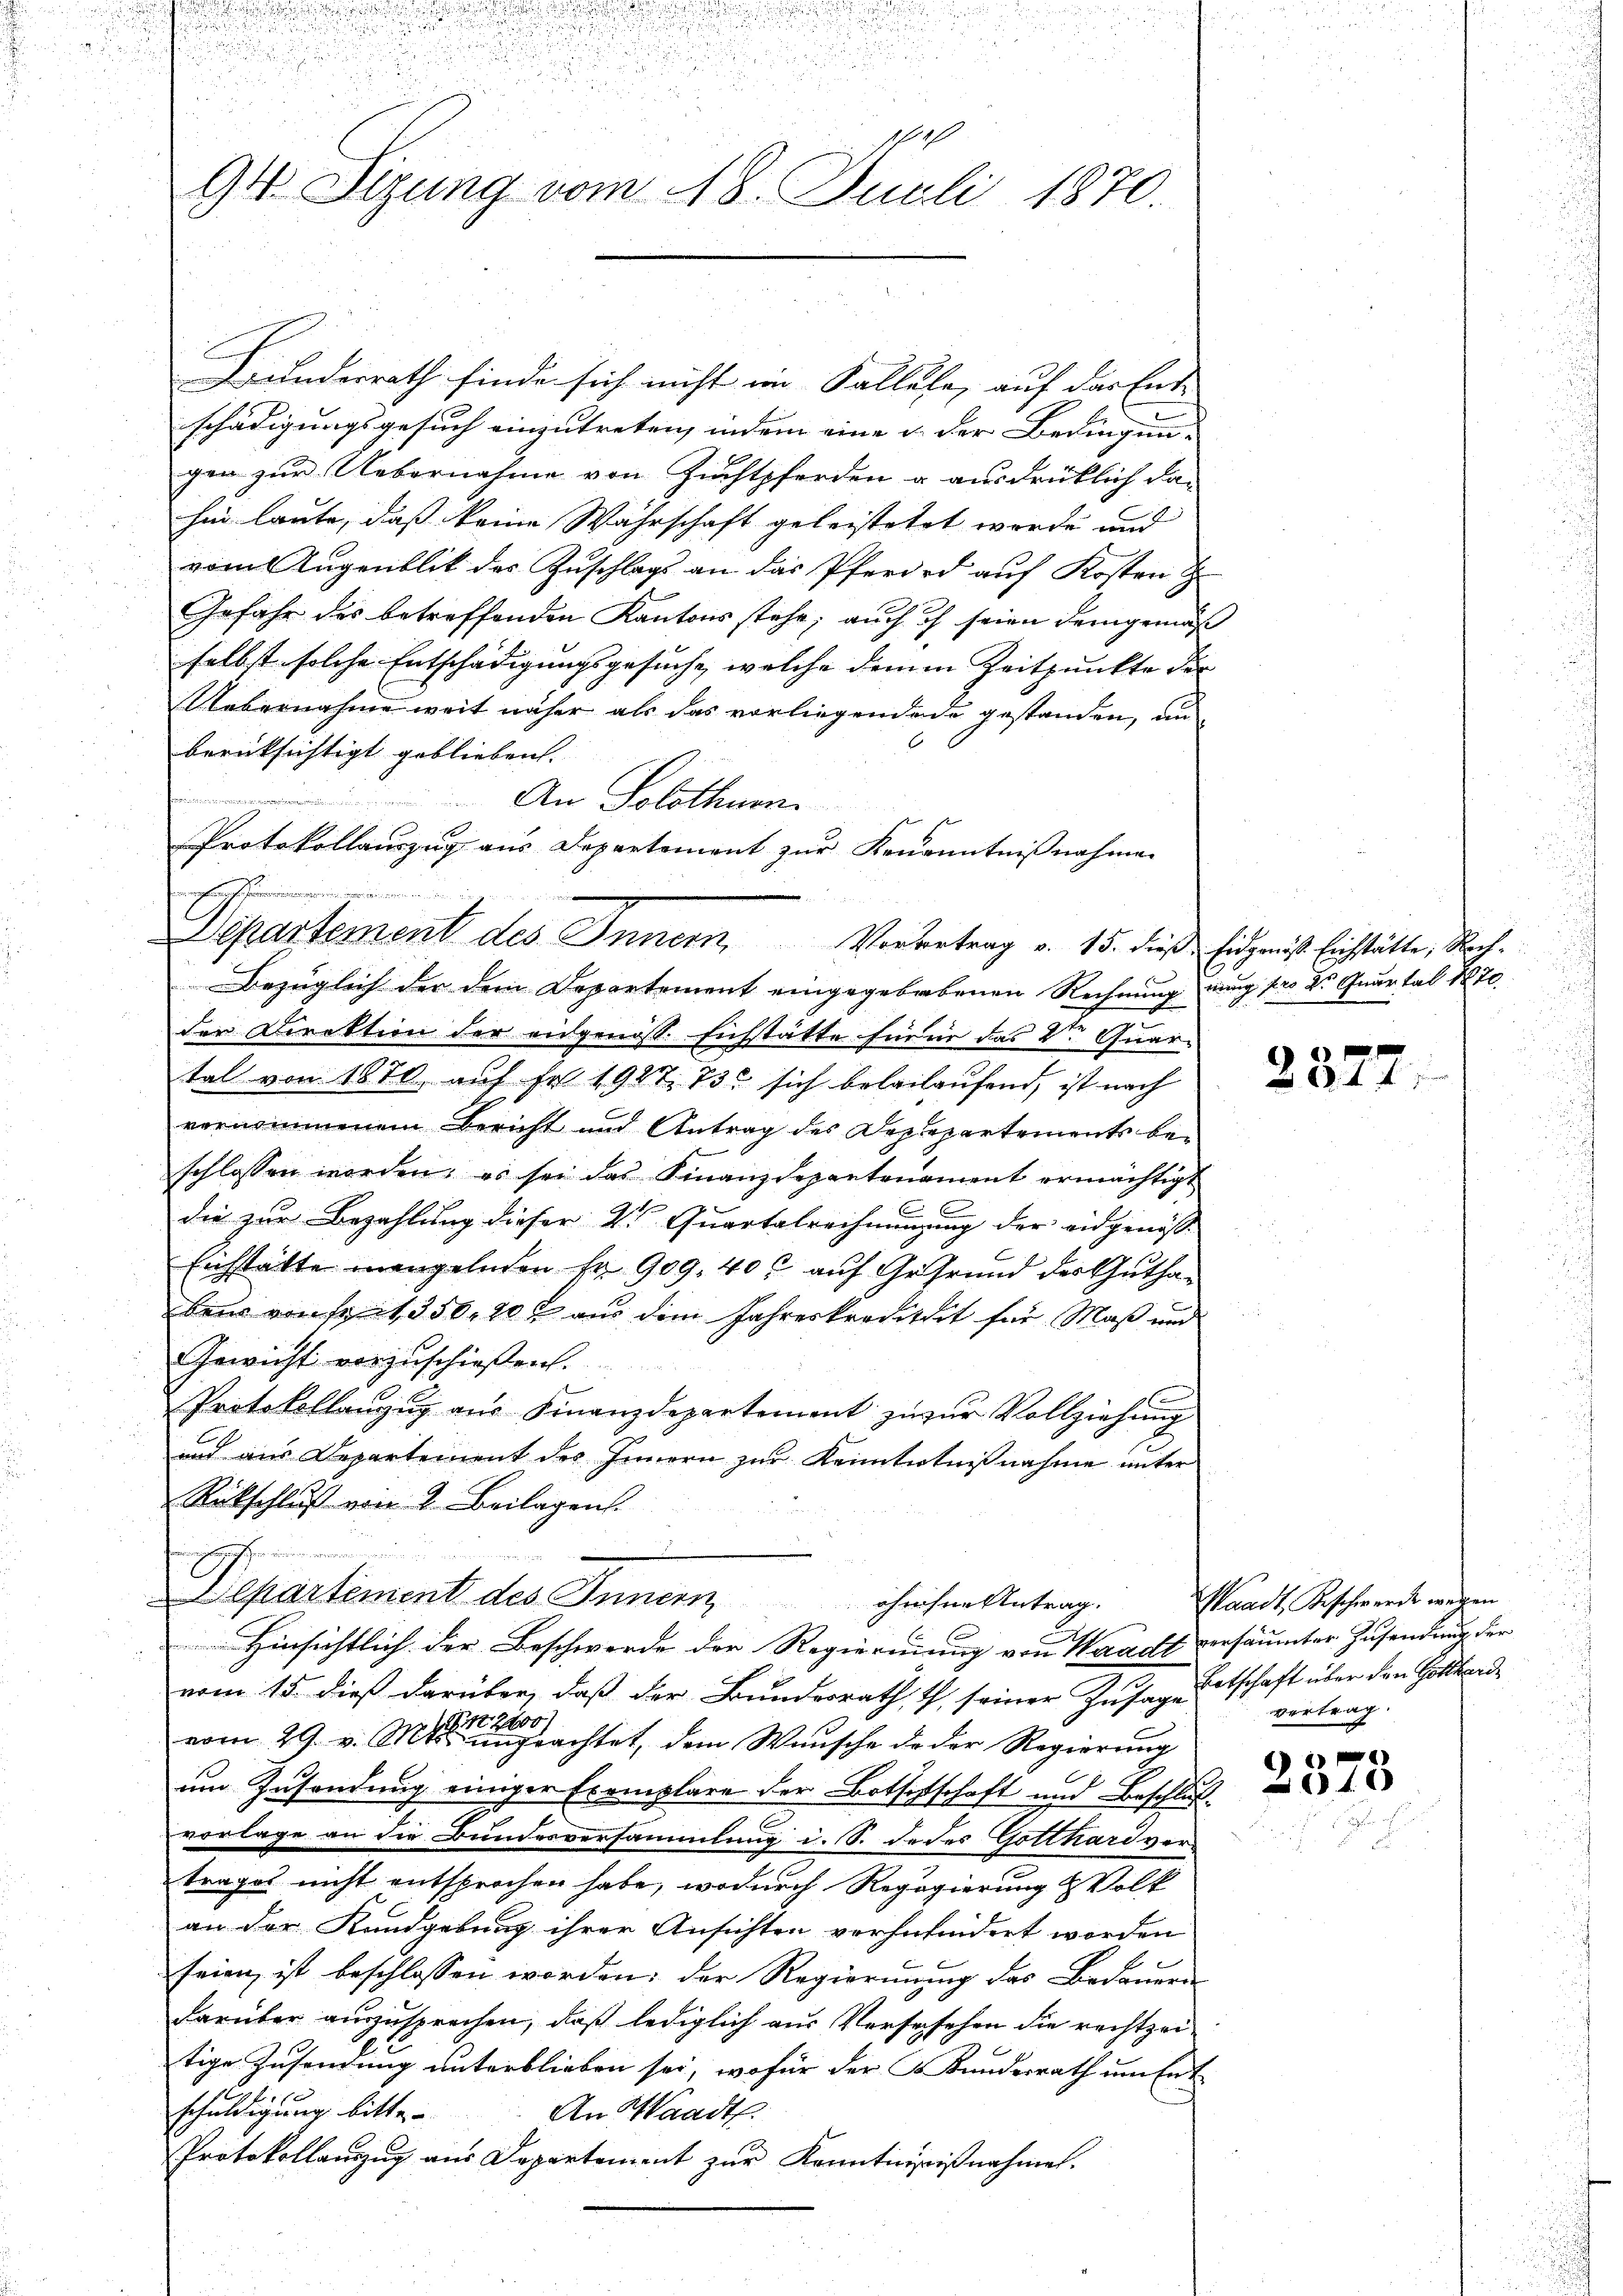
u
111
94 Sizung vom 18. Juli 1870.

Bunderrath finde sich nicht im Fallele, auf das Ende |
schädigungsgesuch einzutreten, indem eine u. der Bedingun-
gen zur Uebernahme von Zuchtpferden u ausdrücklich da-
hin laute, daß keine Wahrschaft geleistetet worde und
vom Augenblik des Zuschlags an das Pferird auf Kosten
Gefahr des betreffenden Kantons stehe; auch ich seien demgemäß
selbst solche Entschädigungsgesuche, welche deinen Zeitpunkte der
Uebernahme weit näher als das vorliegendede gestanden, anberücksichtigt geblieben. |
rmen inni
An Solothurn
Protokollauszug aus Departement zur Kenanntnißnahmen
mchen Seiningerein
Bezüglich der dem Departement eingegebroebenen Rechnung nung pro 2. Quartal 1870
der Direktion der eidgenoss. Eichstätte für in das 2te Quartal von 1870, auf Fr. 1987. 730 sich belailaufend, ist nach
vernommenem Bericht und Antrag des Deprepartements beschlossen worden, es sei das Finanzdepantonament ermächtigt
 x
die zur Bezahlung dieser 2. Quartalrechnungung der eidgenöss
Eichstätte mangelnden Fr. 909. 40 l. auf Gefrund des Guthan
beus von seit 350, 200 aus dem Jahreskreditait für Maß und
Gewicht vorzuschießen.
Protokollanzŭg aŭs Finanzdepartement zu zur Vollziehung
und aus Departement des Innern zur Kenntnißnahme unter
Rückschluß von 2. Beilagen.
.

Cpartement des Innern ohnen Antrag.
Hinsichtlich der Beschwerde der Regierung von Waadt versäumter Zusendung der
vom 15. dieß darüber, daß der Bundesrath t seiner Zusage Entschaft über den Gotthard
vom 29. v. Machtet, dem Wunsche de der Regierung
um Zusendung einiger Exemplare der Botschschaft und Beschlußvorlage an die Bundesversammlung i. S. de des Gotthardver-
trages nicht entsprochen habe, wodurch Regegierung & Volk
an der Kundgebung ihrer Ansichten verhnhidert worden
seien ist beschlossen worden: der Regierung das Bedauern
Darüber auszusprechen, daß lediglich aus Versesehen die rechtzeitige Zusendung unterblieben sei, wofür der Kundesrath um Ent-
1
schuldigung bitte
An Waadt
Protokollanzŭg aŭs Departement zŭr Kenntnisiβnahme.

Departement des Innern, Vorvertrag v. 15. dieß Eidgenöß Einstätte, Nach¬

1

237.

Waadt, Beschwerde wegen
vertrag.

4